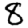
Digit: 8